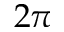
2 \pi